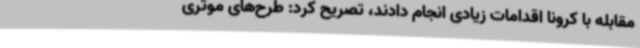
مقابله با کرونا اقدامات زیادی انجام دادند، تصریح کرد: طرح‌های موثری